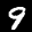
Label: 9